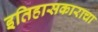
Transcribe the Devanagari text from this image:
इतिहासकाराचा